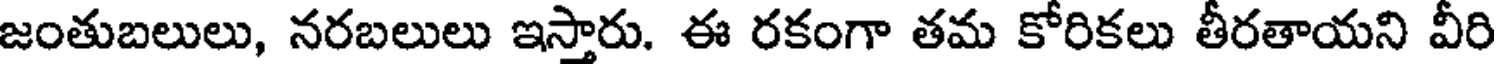
జంతుబలులు, నరబలులు ఇస్తారు. ఈ రకంగా తమ కోరికలు తీరతాయని వీరి